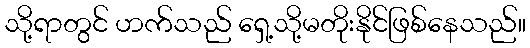
သို့ရာတွင် ဟက်သည် ရှေ့သို့မတိုးနိုင်ဖြစ်နေသည်။